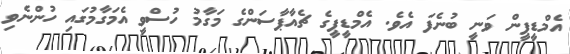
އެމްޑީޕީން ވަނީ ބުނެފަ އެވެ. އެމްޑީޕީގެ ޗެއާޕާސަންގެ މަގާމު ހުސްވީ އެމަގާމުގައި ހުންނެވި